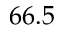
6 6 . 5